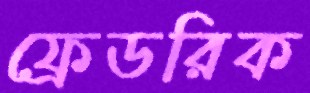
ফ্রেডরিক